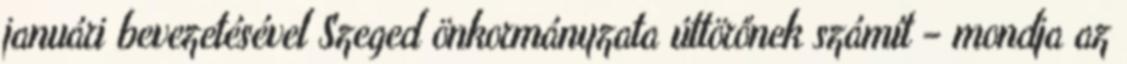
januári bevezetésével Szeged önkormányzata úttörőnek számít – mondja az